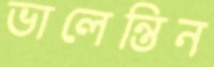
ভালেন্তিন